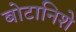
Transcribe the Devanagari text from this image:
बोटानिशे